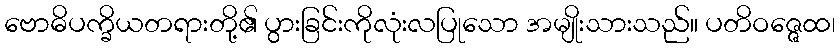
ဗောဓိပက္ခိယတရားတို့၏ ပွားခြင်းကိုလုံးလပြုသော အမျိုးသားသည်။ ပတိဝဇ္ဇေထ၊